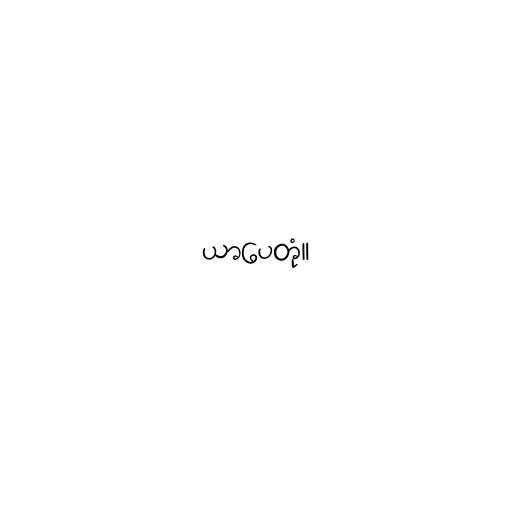
ယာပေတုံ။